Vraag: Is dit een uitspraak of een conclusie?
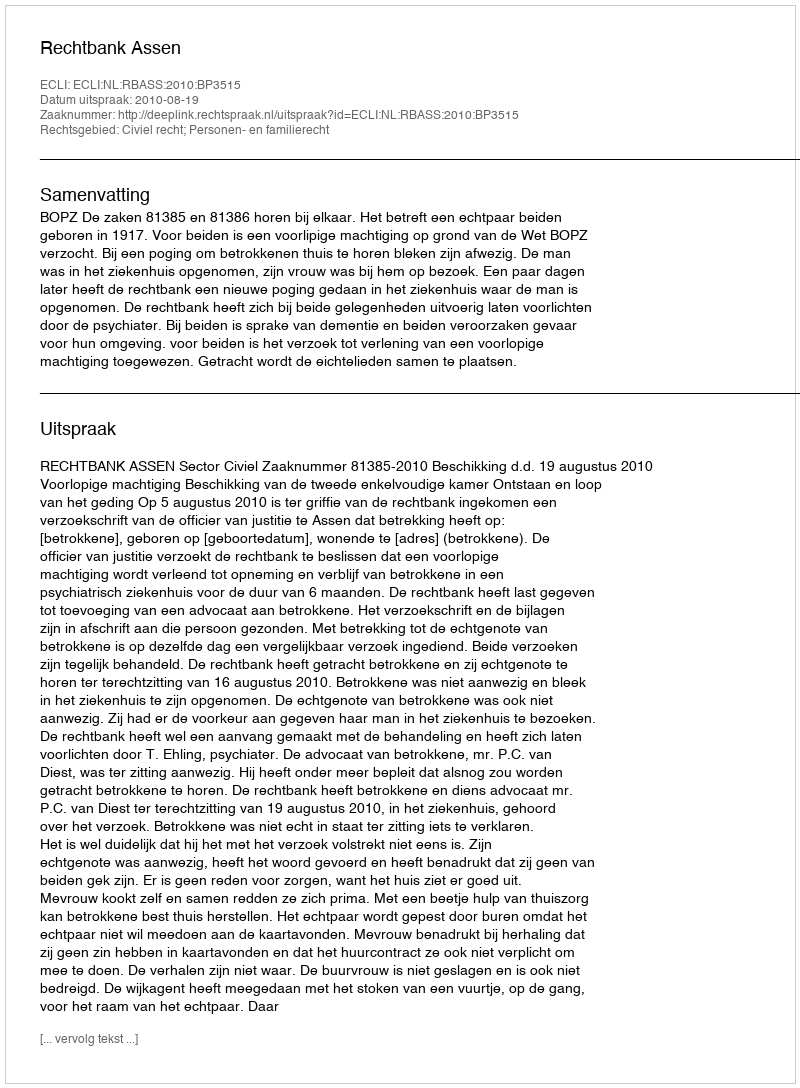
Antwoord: Uitspraak